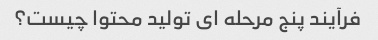
فرآیند پنج مرحله ای تولید محتوا چیست؟